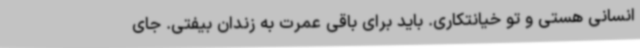
انسانی هستی و تو خیانتکاری. باید برای باقی عمرت به زندان بیفتی. جای